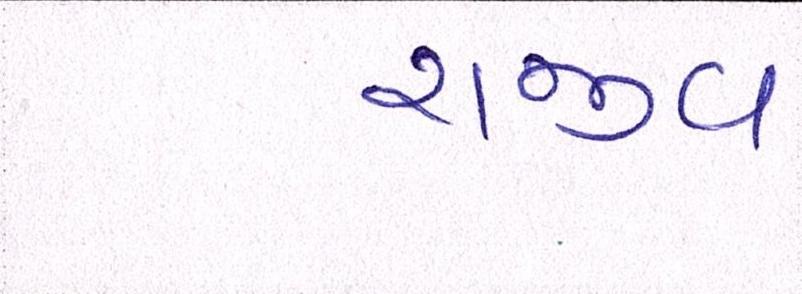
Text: રાજીવ